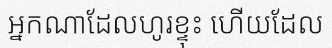
អ្នកណាដែលហូរខ្ទុះ ហើយដែល